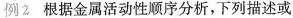
例2根据金属活动性顺序分析，下列描述或